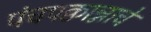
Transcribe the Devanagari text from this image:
पंचपक्वान्नाचे